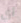
أي